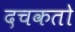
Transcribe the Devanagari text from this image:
दचकतो